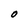
Character: O